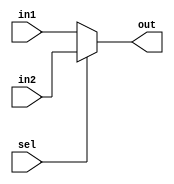
/*********************************************************
 *
 *  Module: mux2_1.v
 *  Project: Hunter_RV32
 *  Description: 2 by 1 Multiplexer
 *
 *********************************************************/
`timescale 1ns/1ns

module mux2_1 (
    sel,
    in1,
    in2,
    out
);
    parameter N=1;
    output [N-1:0] out;
    input [N-1:0] in1;
    input [N-1:0] in2;
    input sel;
    
    assign out = (sel)?in2:in1;
endmodule